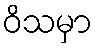
ဝိသမှာ